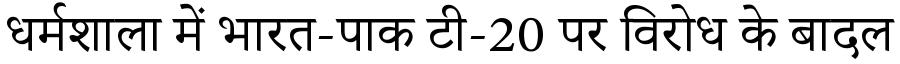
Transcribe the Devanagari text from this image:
धर्मशाला में भारत-पाक टी-20 पर विरोध के बादल